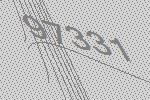
97331